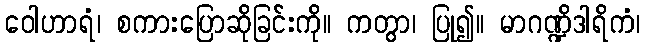
ဝေါဟာရံ၊ စကားပြောဆိုခြင်းကို။ ကတွာ၊ ပြု၍။ မာဂဏ္ဍိဒါရိကံ၊